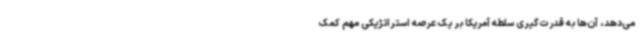
می‌دهد، آن‌ها به قدرت‌گیری سلطه آمریکا بر یک عرصه استراتژیکی مهم کمک